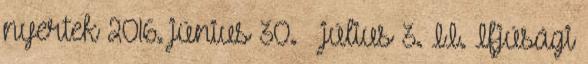
nyertek 2016. június 30. — július 3. II. Ifjúsági